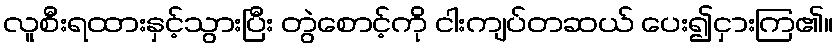
လူစီးရထားနှင့်သွားပြီး တွဲစောင့်ကို ငါးကျပ်တဆယ် ပေး၍ငှားကြ၏။